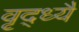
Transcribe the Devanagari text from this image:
वृद्ध्यै